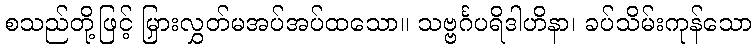
စသည်တို့ဖြင့် မြှားလွှတ်မအပ်အပ်ထသော။ သဗ္ဗင်္ဂပရိဒါဟိနာ၊ ခပ်သိမ်းကုန်သော